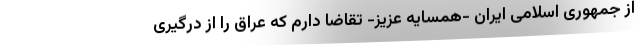
از جمهوری اسلامی ایران -همسایه عزیز- تقاضا دارم که عراق را از درگیری